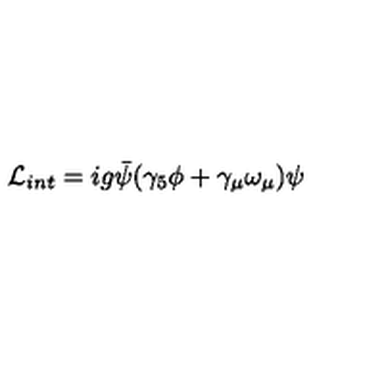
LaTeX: { \cal L } _ { i n t } = i g \bar { \psi } ( \gamma _ { 5 } \phi + \gamma _ { \mu } \omega _ { \mu } ) \psi